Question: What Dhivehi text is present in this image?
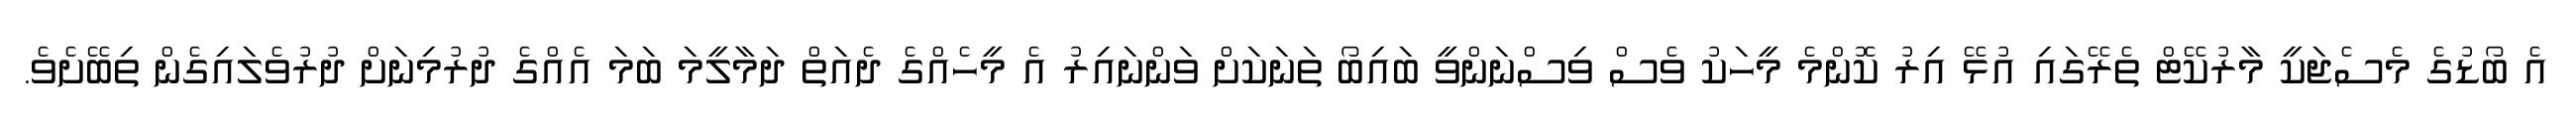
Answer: އެ ބޯޑުގެ މެސެޖަކީ މާރުކޭޓް ތެރޭގައި އުޅޭ އިރު ކޮންމެ މީހަކު ވެސް ވިސްނަންވީ ބައިބޯ ތަނަކަށް ވަންނައިރު އެ މީހެއްގެ ދެއަތް ދަމާލީމަ ބަމަ އެއްގެ ދުރުމިނަށް ދުރުވެލައިގެން ތިބޭށެވެ.